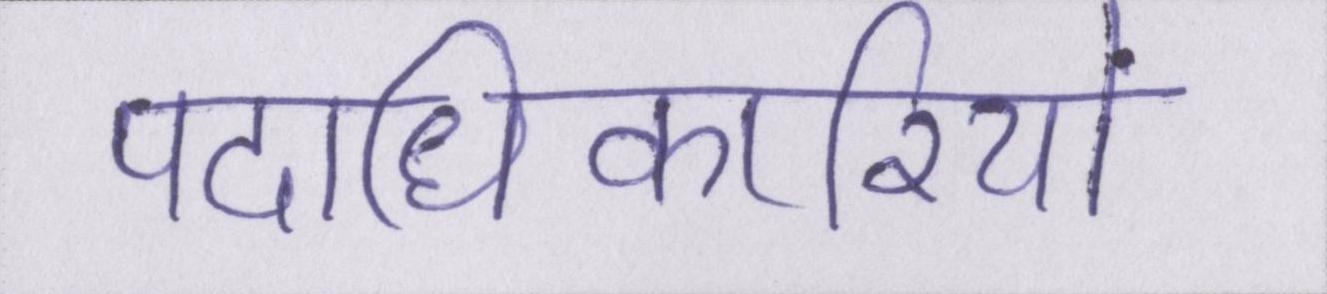
पदाधिकारियों